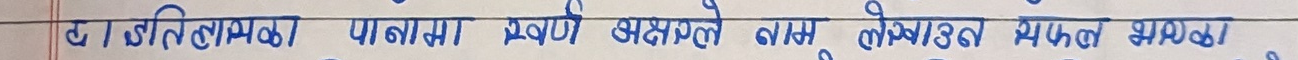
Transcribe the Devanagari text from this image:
टा जीवितलायक पानामा प्रयोग भएको नाम लेखाउन सफल भएको छ।